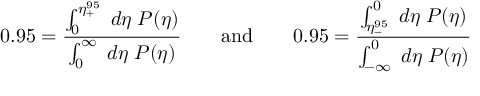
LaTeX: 0 . 9 5 = \frac { \int _ { 0 } ^ { \eta _ { + } ^ { 9 5 } } \; d \eta \; P ( \eta ) } { \int _ { 0 } ^ { \infty } \; d \eta \; P ( \eta ) } \qquad \mathrm { a n d } \qquad 0 . 9 5 = \frac { \int _ { \eta _ { - } ^ { 9 5 } } ^ { 0 } \; d \eta \; P ( \eta ) } { \int _ { - \infty } ^ { 0 } \; d \eta \; P ( \eta ) } \;